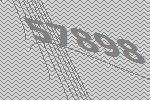
57898